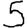
Digit: 5